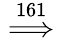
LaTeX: \stackrel{161}{\implies}